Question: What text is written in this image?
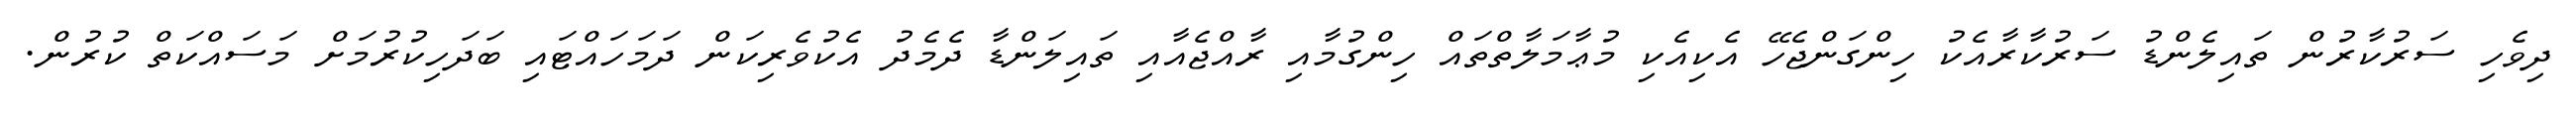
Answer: ދިވެހި ސަރުކާރުން ތައިލެންޑު ސަރުކާރާއެކު ހިންގަންޖެހޭ އެކިއެކި މުޢާމަލާތްތައް ހިންގުމާއި ރާއްޖެއާއި ތައިލަންޑާ ދެމެދު އެކުވެރިކަން ދަމަހައްޓައި ބަދަހިކުރުމަށް މަސައްކަތް ކުރުން.